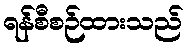
ရန်စီစဉ်ထားသည်